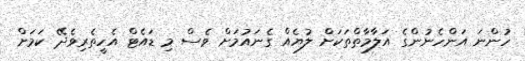
ހުންނަ އަންހެނުންގެ އަލާމާތްތަކަށް ލުޔެއް ގެނައުމަށް ވެސް މި ޑައެޓް އެހީތެރިވެދޭ ކަމަށް